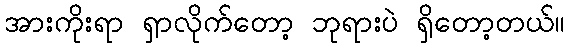
အားကိုးရာ ရှာလိုက်တော့ ဘုရားပဲ ရှိတော့တယ်။